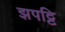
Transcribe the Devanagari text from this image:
झपट्टि